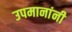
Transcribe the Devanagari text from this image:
उपमानांनी